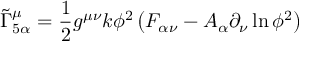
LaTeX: { \widetilde { \Gamma } } _ { 5 \alpha } ^ { \mu } = { \frac { 1 } { 2 } } g ^ { \mu \nu } k \phi ^ { 2 } \left( F _ { \alpha \nu } - A _ { \alpha } \partial _ { \nu } \ln \phi ^ { 2 } \right)